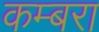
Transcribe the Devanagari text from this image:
कम्बरा